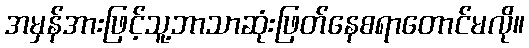
အမှန်အားဖြင့်သူ့ဘာသာဆုံးဖြတ်နေစရာတောင်မလို။